Treatise on elephants
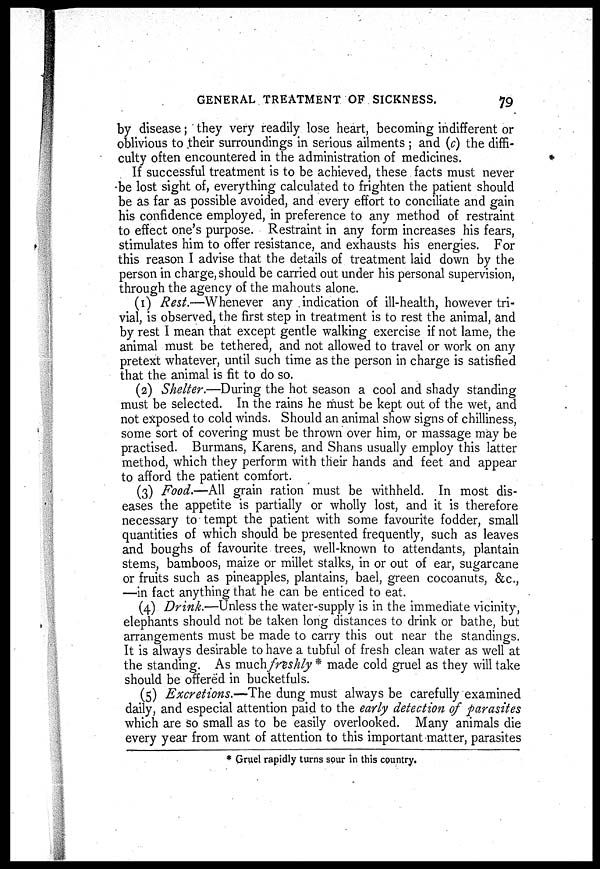
GENERAL TREATMENT OF SICKNESS.
79
by disease 5 they very readily lose heart, becoming indifferent or
oblivious to their surroundings in serious ailments ; and (c) the diffi-
culty often encountered in the administration of medicines.
If successful treatment is to be achieved, these facts must never
be lost sight of, everything calculated to frighten the patient should
be as far as possible avoided, and every effort to conciliate and gain
his confidence employed, in preference to any method of restraint
to effect one's purpose. Restraint in any form increases his fears,
stimulates him to offer resistance, and exhausts his energies. For
this reason I advise that the details of treatment laid down by the
person in charge, should be carried out under his personal supervision,
through the agency of the mahouts alone.
(1) Rest.—Whenever any indication of ill-health, however tri-
vial, is observed, the first step in treatment is to rest the animal, and
by rest I mean that except gentle walking exercise if not lame, the
animal must be tethered, and not allowed to travel or work on any
pretext whatever, until such time as the person in charge is satisfied
that the animal is fit to do so.
(2) Shelter.—During the hot season a cool and shady standing
must be selected. In the rains he must be kept out of the wet, and
not exposed to cold winds. Should an animal show signs of chilliness,
some sort of covering must be thrown over him, or massage may be
practised. Burmans, Karens, and Shans usually employ this latter
method, which they perform with their hands and feet and appear
to afford the patient comfort.
(3) Food.—All grain ration must be withheld. In most dis-
eases the appetite is partially or wholly lost, and it is therefore
necessary to tempt the patient with some favourite fodder, small
quantities of which should be presented frequently, such as leaves
and boughs of favourite trees, well-known to attendants, plantain
stems, bamboos, maize or millet stalks, in or out of ear, sugarcane
or fruits such as pineapples, plantains, bael, green cocoanuts, &c,
—in fact anything that he can be enticed to eat.
(4) Drink.—Unless the water-supply is in the immediate vicinity,
elephants should not be taken long distances to drink or bathe, but
arrangements must be made to carry this out near the standings.
It is always desirable to have a tubful of fresh clean water as well at
the standing. As much freshly * made cold gruel as they will take
should be offered in bucketfuls.
(5) Excretions.—The dung must always be carefully examined
daily, and especial attention paid to the early detection of parasites
which are so small as to be easily overlooked. Many animals die
every year from want of attention to this important matter, parasites
* Gruel rapidly turns sour in this country.